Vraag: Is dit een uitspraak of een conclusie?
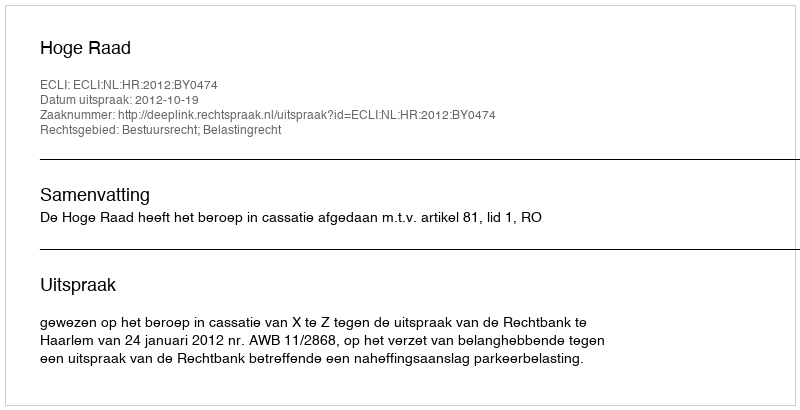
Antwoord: Uitspraak